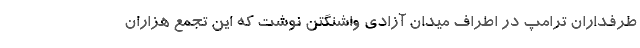
طرفداران ترامپ در اطراف میدان آزادی واشنگتن نوشت که این تجمع هزاران